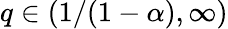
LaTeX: q\in(1/(1-\alpha),\infty)